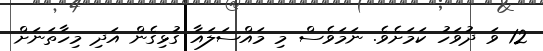
12 ވަަ ދުވަހު ކަމަށެވެ. ނަމަވެސް މި މައްސަލައާ ގުޅިގެން އަދި މިހާތަނަށް